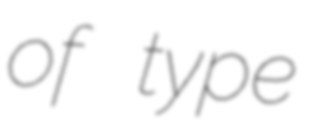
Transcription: of type